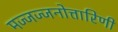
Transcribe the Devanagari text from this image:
मज्जज्जनोत्तारिणी